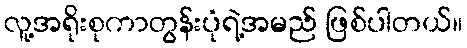
လူ့အရိုးစုကာတွန်းပုံရဲ့အမည် ဖြစ်ပါတယ်။